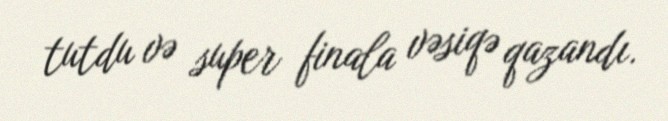
tutdu və super finala vəsiqə qazandı.